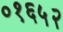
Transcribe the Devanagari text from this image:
०१६५२